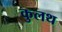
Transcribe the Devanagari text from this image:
कुलथ